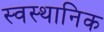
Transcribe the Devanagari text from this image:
स्वस्थानिक